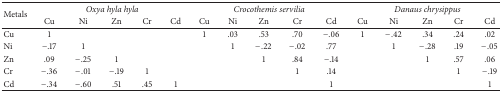
| <ROWSPAN=2> Metals | <COLSPAN=5> Oxya hyla hyla | <COLSPAN=5> Crocothemis servilia | <COLSPAN=5> Danaus chrysippus |
 | Cu | Ni | Zn | Cr | Cd | Cu | Ni | Zn | Cr | Cd | Cu | Ni | Zn | Cr | Cd |
 | --- | --- | --- | --- | --- | --- | --- | --- | --- | --- | --- | --- | --- | --- | --- | --- |
 | Cu | 1 |  |  |  |  | 1 | .03 | .53 | .70 | −.06 | 1 | −.42 | .34 | .24 | .02 |
 | Ni | −.17 | 1 |  |  |  |  | 1 | −.22 | −.02 | .77 |  | 1 | −.28 | .19 | −.05 |
 | Zn | .09 | −.25 | 1 |  |  |  |  | 1 | .84 | −.14 |  |  | 1 | .57 | .06 |
 | Cr | −.36 | −.01 | −.19 | 1 |  |  |  |  | 1 | .14 |  |  |  | 1 | −.19 |
 | Cd | −.34 | −.60 | .51 | .45 | 1 |  |  |  |  | 1 |  |  |  |  | 1 |